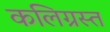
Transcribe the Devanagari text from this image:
कलिग्रस्त